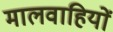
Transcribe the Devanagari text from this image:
मालवाहियों